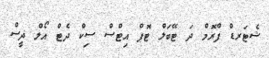
ޝެޓަރޑް ފްރޮމް ދަ ޓޭބަލް ޓޮޕް އިޓްސް ސިކް ދެޓް އޯލް ދީސް